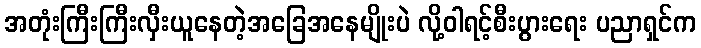
အတုံးကြီးကြီးလှီးယူနေတဲ့အခြေအနေမျိုးပဲ လို့ဝါရင့်စီးပွားရေး ပညာရှင်က